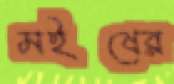
মইষের